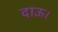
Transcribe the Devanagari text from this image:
दाऊ।